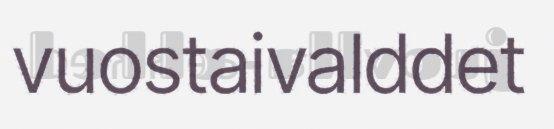
vuostaivalddet